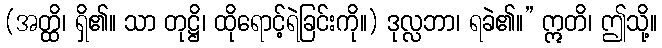
(အတ္ထိ၊ ရှိ၏။ သာ တုဋ္ဌိ၊ ထိုရောင့်ရဲခြင်းကို။) ဒုလ္လဘာ၊ ရခဲ၏။” ဣတိ၊ ဤသို့။